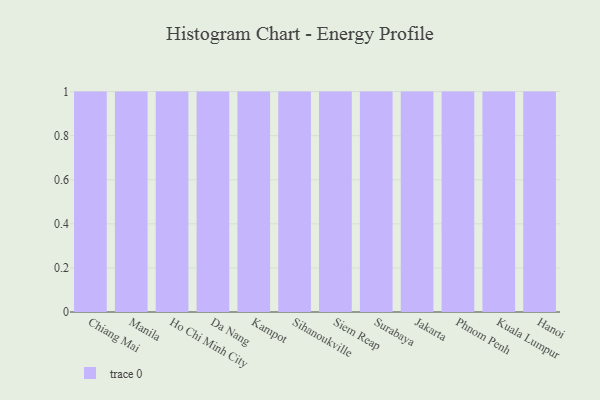
{"axis": {"x": "City", "y": "Bounce Rate (%)"}, "legend": [""], "data": [{"x": "Chiang Mai", "y": 45, "type": ""}, {"x": "Manila", "y": 21, "type": ""}, {"x": "Ho Chi Minh City", "y": 15, "type": ""}, {"x": "Da Nang", "y": 100, "type": ""}, {"x": "Kampot", "y": 55, "type": ""}, {"x": "Sihanoukville", "y": 50, "type": ""}, {"x": "Siem Reap", "y": 50, "type": ""}, {"x": "Surabaya", "y": 2, "type": ""}, {"x": "Jakarta", "y": 90, "type": ""}, {"x": "Phnom Penh", "y": 30, "type": ""}, {"x": "Kuala Lumpur", "y": 39, "type": ""}, {"x": "Hanoi", "y": 71, "type": ""}]}